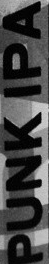
PUNK IPA